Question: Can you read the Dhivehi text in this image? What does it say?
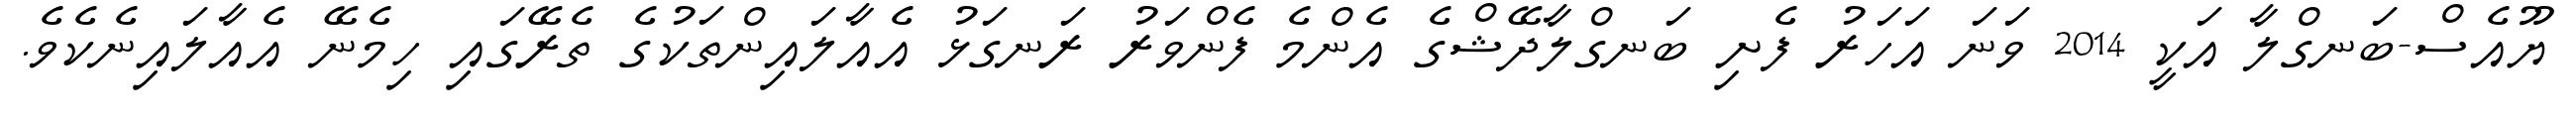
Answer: ޔޫއެސް-ބަނގްލާ އަކީ 2014 ވަނަ އަހަރު ފެށި ބަނގްލާދޭޝްގެ އެންމެ ފެންވަރު ރަނގަޅު އެއާލައިންތަކުގެ ތެރޭގައި ހިމެނޭ އެއާލައިނެކެވެ.